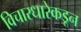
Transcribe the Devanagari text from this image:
विचारधारेकडून